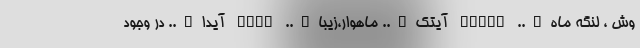
وش ، لنگه ماه….. AYTAY آیتک….. ماهوار،زیبا….. AYTQ آیدا….. در وجود